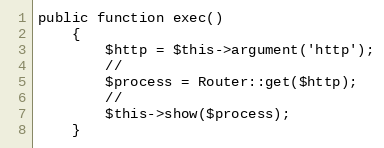
Language: PHP
public function exec()
    {
        $http = $this->argument('http');
        //
        $process = Router::get($http);
        //
        $this->show($process);
    }